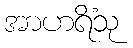
အာဟရိံသု